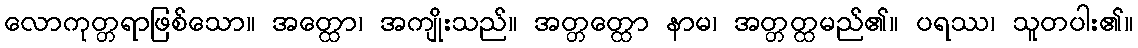
လောကုတ္တရာဖြစ်သော။ အတ္ထော၊ အကျိုးသည်။ အတ္တတ္ထော နာမ၊ အတ္တတ္ထမည်၏။ ပရဿ၊ သူတပါး၏။